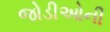
જોડીઓની